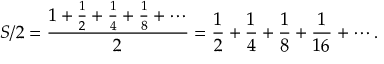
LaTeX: S / 2 = { \frac { 1 + { \frac { 1 } { 2 } } + { \frac { 1 } { 4 } } + { \frac { 1 } { 8 } } + \cdots } { 2 } } = { \frac { 1 } { 2 } } + { \frac { 1 } { 4 } } + { \frac { 1 } { 8 } } + { \frac { 1 } { 1 6 } } + \cdots .